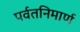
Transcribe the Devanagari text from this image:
पर्वतनिमार्ण